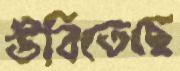
উবিতেছে